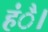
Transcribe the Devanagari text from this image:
हंै।